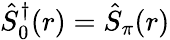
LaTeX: \hat{S}_{0}^{\dagger}(r)=\hat{S}_{\pi}(r)